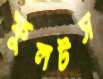
ফুলটস